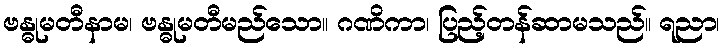
ဗန္ဓုမတီနာမ၊ ဗန္ဓုမတီမည်သော။ ဂဏိကာ၊ ပြည့်တန်ဆာမသည်။ ရညာ၊